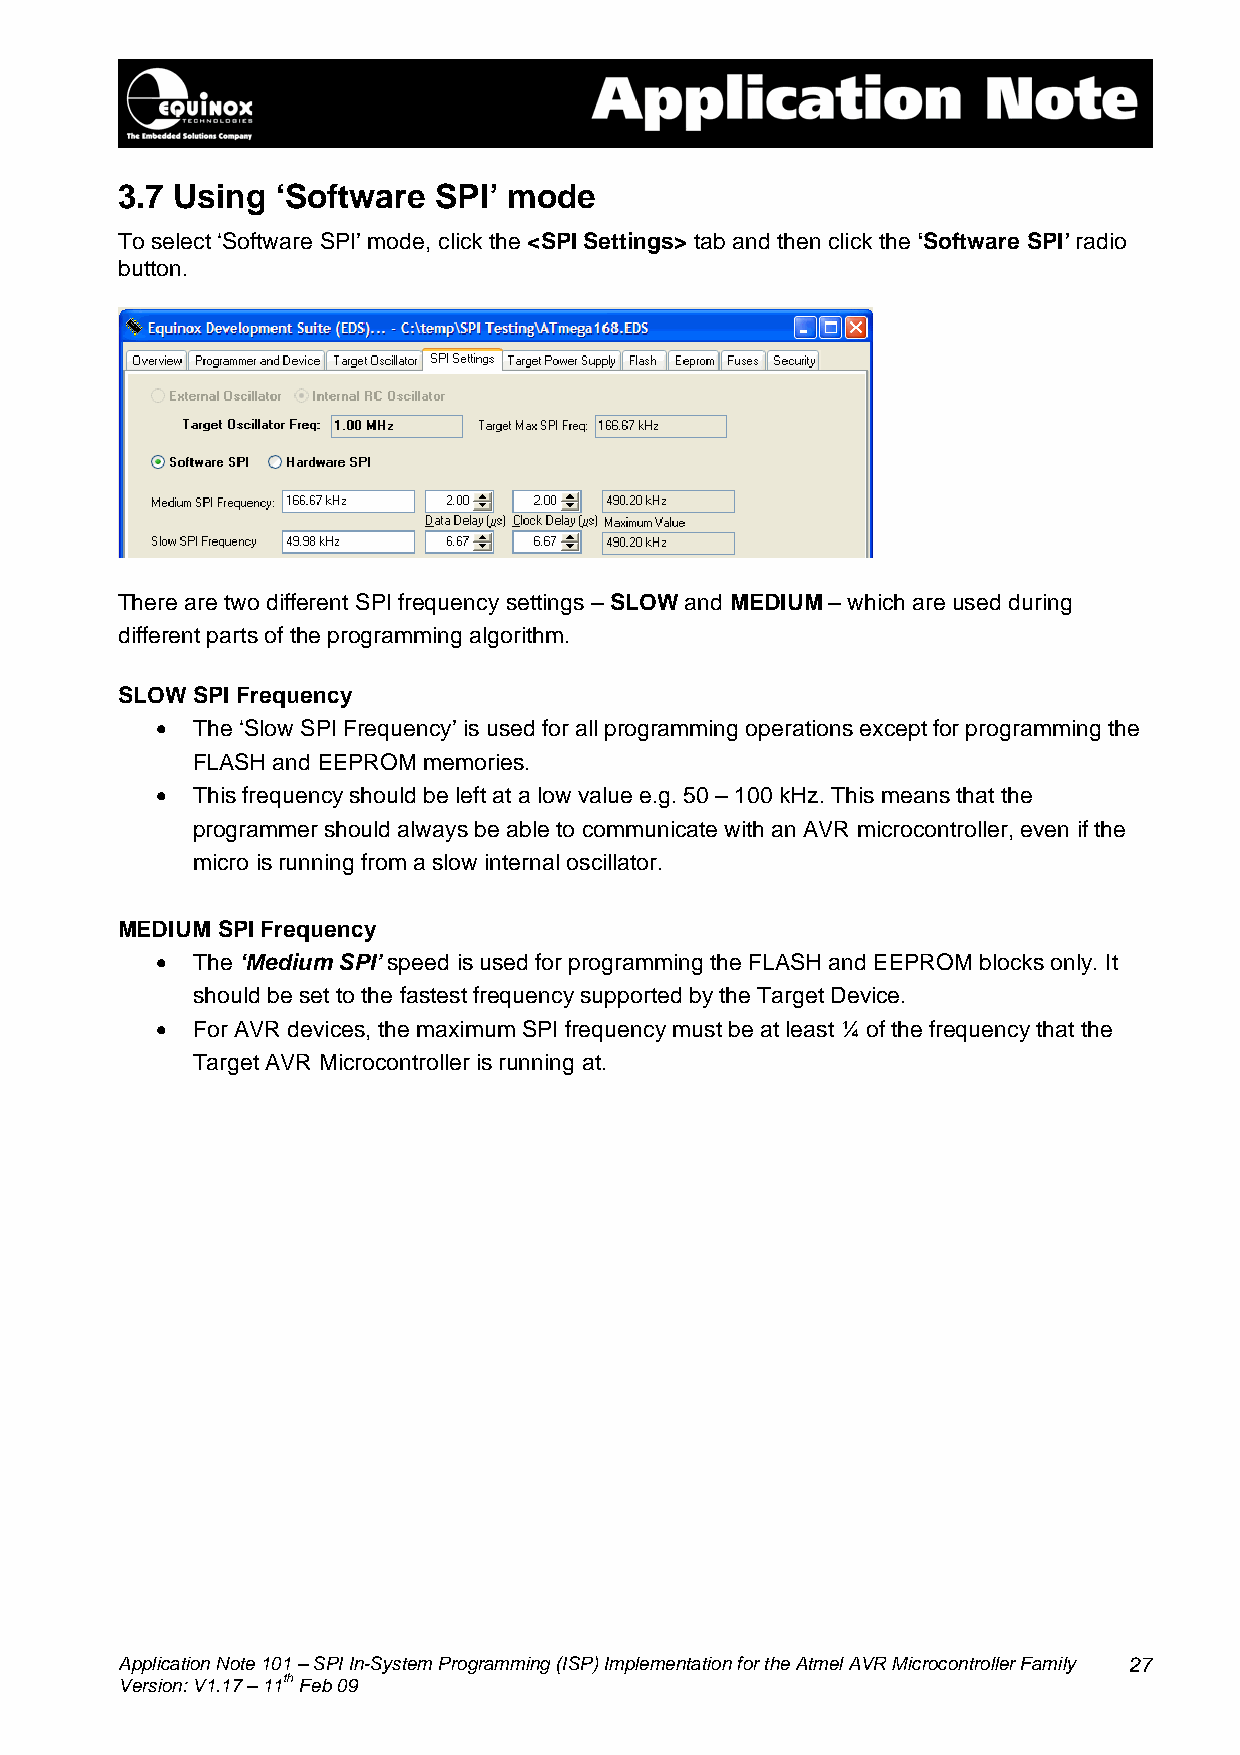
3.7 Using ‘Software  SPI’ mode
 To select ‘Software SPI’ mode, click the <SPI Settings> tab and then click the ‘Software SPI’ radio
 button.
 There are two different SPI frequency settings – SLOW and MEDIUM – which are used during
 different parts of the programming algorithm.
 SLOW SPI Frequency
 •  The ‘Slow SPI Frequency’ is used for all programming operations except for programming the
 FLASH and EEPROM memories.
 •  This frequency should be left at a low value e.g. 50 – 100 kHz. This means that the
 programmer should always be able to communicate with an AVR microcontroller, even if the
 micro is running from a slow internal oscillator.
 MEDIUM SPI Frequency
 •  The ‘Medium SPI’ speed is used for programming the FLASH and EEPROM blocks only. It
 should be set to the fastest frequency supported by the Target Device.
 •  For AVR devices, the maximum SPI frequency must be at least ¼ of the frequency that the
 Target AVR Microcontroller is running at.
 Application Note 101 – SPI In-System Programming (ISP) Implementation for the Atmel AVR Microcontroller Family 27
 Version: V1.17 – 11th Feb 09